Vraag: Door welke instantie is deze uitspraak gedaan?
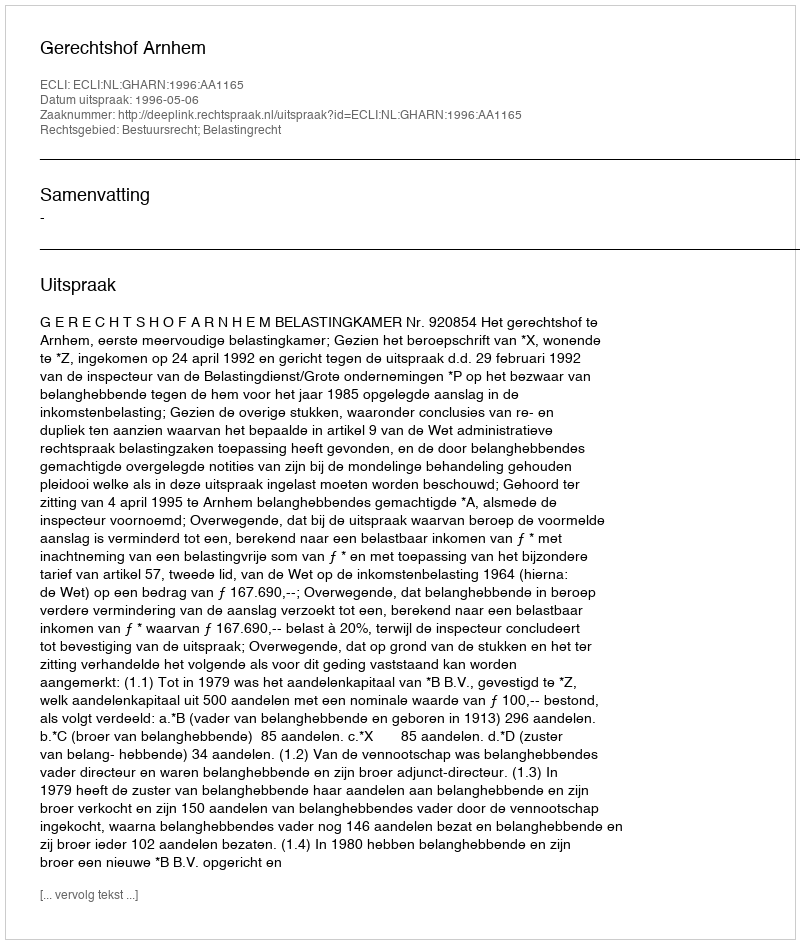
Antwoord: Gerechtshof Arnhem